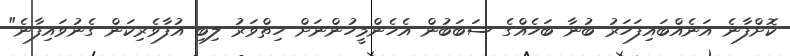
ކޮށްފާނެ އަނެއްބައިފަހަރު ބުނާ ބަހެއްގެ ސަބަބުން އެހެންމީހުންނަށް ހިތްވަރު ލިބި އުފާވެރިކަން ގެނުވައިފާނެ"